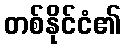
တစ်နိုင်ငံ၏